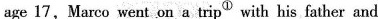
age 17,Marco went on a tripA^{①} with his father and